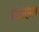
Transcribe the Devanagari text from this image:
किन्झल